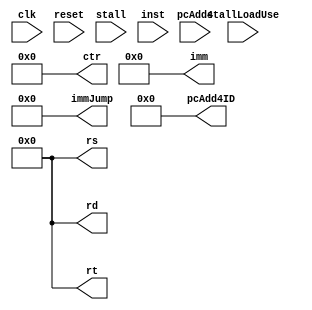
`timescale 1ns / 1ps
//////////////////////////////////////////////////////////////////////////////////
// Company: 
// Engineer: 
// 
// Design Name: 
// Module Name: IF_ID
// Project Name: 
// Target Devices: 
// Tool Versions: 
// Description: 
// 
// Dependencies: 
// 
// Revision:
// Revision 0.01 - File Created
// Additional Comments:
// 
//////////////////////////////////////////////////////////////////////////////////


module IF_ID(
    input clk,
    input reset,
    input stall,
    input stallLoadUse,
    input [31:0] pcAdd4,
    input [31:0] inst,
    output reg [31:0] pcAdd4ID,
    output reg [5:0] ctr,
    output reg [4:0] rs,
    output reg [4:0] rt,
    output reg [4:0] rd,
    output reg [15:0] imm,
    output reg [25:0] immJump
    );
    
    initial
    begin
            pcAdd4ID<=0;
            ctr<=0;
            rs<=0;
            rt<=0;
            rd<=0;
            imm<=0;
            immJump<=0;
    end
    
    always @ (posedge clk)
    begin
        if(!stallLoadUse)
        begin
        pcAdd4ID<=pcAdd4;
        ctr<=inst[31:26];
        rs<=inst[25:21];
        rt<=inst[20:16];
        rd<=inst[15:11];
        imm<=inst[15:0];
        immJump<=inst[25:0];
        end
    end
    
    always @ (reset or stall)
    begin
        if(reset==0||stall==1)
        begin
            pcAdd4ID<=0;
            ctr<=0;
            rs<=0;
            rt<=0;
            rd<=0;
            imm<=0;
            immJump<=0;
        end
    end
    
    
endmodule